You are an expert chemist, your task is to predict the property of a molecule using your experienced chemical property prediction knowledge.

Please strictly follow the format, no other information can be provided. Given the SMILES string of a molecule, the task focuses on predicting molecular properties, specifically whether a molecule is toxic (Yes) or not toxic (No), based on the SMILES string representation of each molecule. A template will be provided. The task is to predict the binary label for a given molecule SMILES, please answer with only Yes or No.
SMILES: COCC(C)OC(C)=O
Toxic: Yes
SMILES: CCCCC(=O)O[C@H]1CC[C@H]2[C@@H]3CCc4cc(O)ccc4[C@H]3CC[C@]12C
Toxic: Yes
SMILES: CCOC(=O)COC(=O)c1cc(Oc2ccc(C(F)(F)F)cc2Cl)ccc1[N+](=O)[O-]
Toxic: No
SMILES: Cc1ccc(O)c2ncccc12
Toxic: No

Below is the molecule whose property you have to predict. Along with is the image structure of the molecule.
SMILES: COc1ccc(-c2coc3cc(O)cc(O)c3c2=O)cc1
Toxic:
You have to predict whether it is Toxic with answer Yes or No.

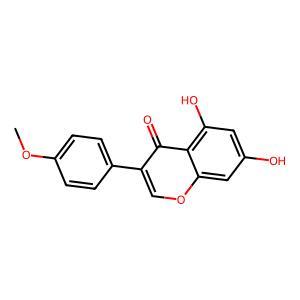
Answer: No